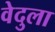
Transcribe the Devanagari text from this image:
वेदुला